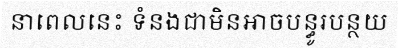
នាពេលនេះ ទំនងជាមិនអាចបន្ធូរបន្ថយ